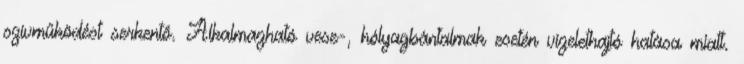
szívműködést serkentő. Alkalmazható vese-, hólyagbántalmak esetén vizelethajtó hatása miatt.